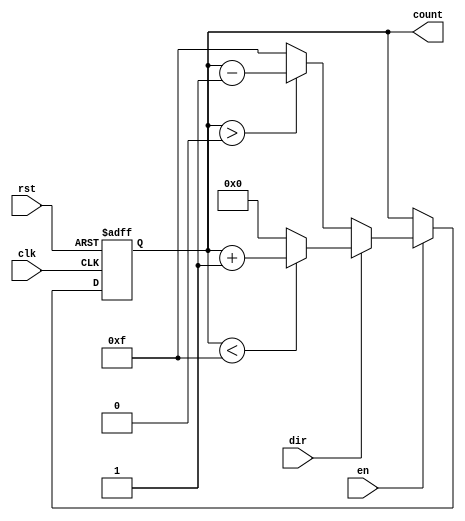
module ParameterizedCounter #(
    parameter WIDTH = 4,                 // Width of the counter (number of bits)
    parameter UP = 1                      // Counting direction: 1 for up, 0 for down
)(
    input wire clk,                       // Clock signal
    input wire rst,                       // Asynchronous reset
    input wire en,                        // Enable signal
    input wire dir,                       // Direction control signal (1 for up, 0 for down)
    output reg [WIDTH-1:0] count         // Current counter value
);

    // Local parameter to determine the maximum and minimum values based on counting direction
    localparam MAX_VALUE = (1 << WIDTH) - 1;  // Maximum value for the counter
    localparam MIN_VALUE = 0;                   // Minimum value for the counter

    always @(posedge clk or posedge rst) begin
        if (rst) begin
            // Asynchronous reset
            count <= MIN_VALUE; // Reset counter to minimum value
        end else if (en) begin
            // Counting operation
            if (UP) begin
                // Up counting
                if (dir) begin
                    // Incrementing
                    if (count < MAX_VALUE) begin
                        count <= count + 1; // Increment count
                    end else begin
                        count <= MIN_VALUE; // Wrap around to 0
                    end
                end else begin
                    // Down counting
                    if (count > MIN_VALUE) begin
                        count <= count - 1; // Decrement count
                    end else begin
                        count <= MAX_VALUE; // Wrap around to max value
                    end
                end
            end else begin
                // Down counting only
                if (dir) begin
                    // Incrementing is not valid in down counting mode
                    count <= count; // No change
                end else begin
                    // Decrementing
                    if (count > MIN_VALUE) begin
                        count <= count - 1; // Decrement count
                    end else begin
                        count <= MAX_VALUE; // Wrap around to max value
                    end
                end
            end
        end
    end

endmodule